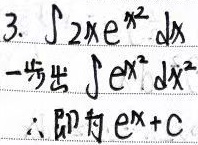
3. $\int 2x e^{x^{2}}dx$一步出 $\int e^{x^{2}}dx^{2}$，: 即为 \(e^{x^{2}}+C\) 。注意你原内容结果有误，积分结果应为 \(e^{x^{2}}+C\) ，而不是 \(e^{x}+C\) 。